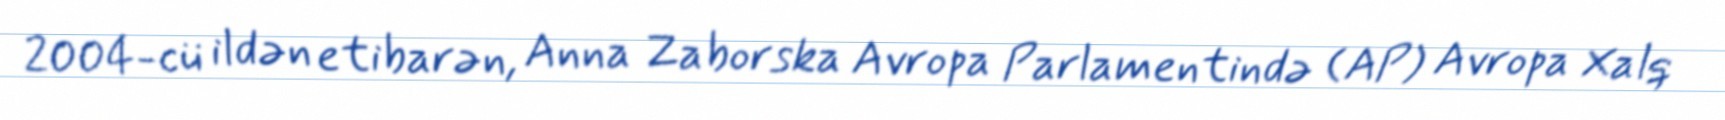
2004-cü ildən etibarən, Anna Zaborska Avropa Parlamentində (AP) Avropa Xalq